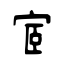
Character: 宧